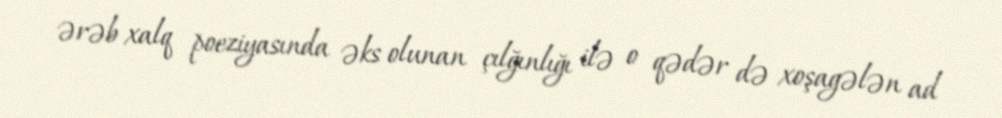
ərəb xalq poeziyasında əks olunan çılğınlığı ilə o qədər də xoşagələn ad